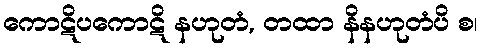
ကောဋိပကောဋိ နဟုတံ, တထာ နိနဟုတံပိ စ၊